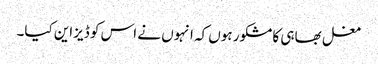
مغل بھاہی کا مشکور ہوں کہ انہوں نے اس کو ڈیزاین کیا۔